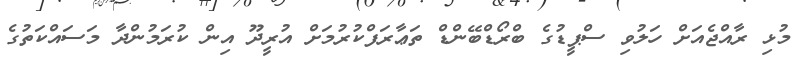
މުޅި ރާއްޖެއަށް ހަލުވި ސްޕީޑުގެ ބްރޯޑްބޭންޑް ތަޢާރަފްކުރުމަށް އުރީދޫ އިން ކުރަމުންދާ މަސައްކަތުގެ